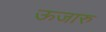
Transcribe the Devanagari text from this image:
ऊजारु